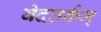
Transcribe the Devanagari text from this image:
वेदतर्कम्